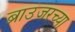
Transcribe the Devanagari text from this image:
ब्राउजरच्या